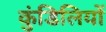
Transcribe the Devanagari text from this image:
कुंडिलियों